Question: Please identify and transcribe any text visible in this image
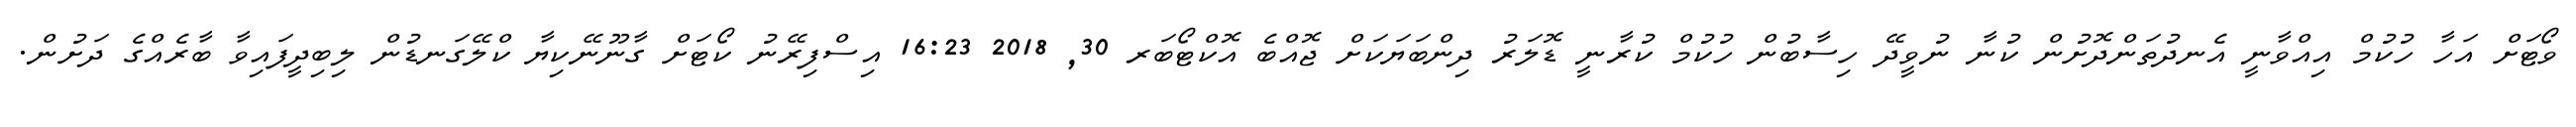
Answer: ވޯޓަށް އަހާ ހުކުމް އިއްވާނީ އެނދުތަންދޮށުން ކުނާ ނުވީދޭ ހިސާބުން ހުކުމް ކުރާނީ ޑޮލަރު ދިންބަޔަކަށް ޖޮއްބެ އޮކްޓޯބަރ 30, 2018 16:23 އިސްފިރޭނު ކޯޓަށް ގާނޫނޭކިޔާ ކްލޭގަނޑުން ލިބިދީފައިވާ ބާރެއްގެ ދަށުން.